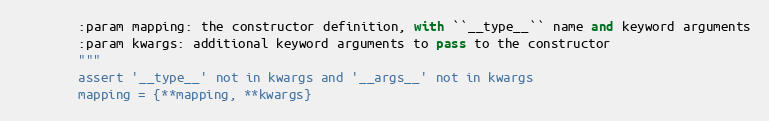
Language: Python
        :param mapping: the constructor definition, with ``__type__`` name and keyword arguments
        :param kwargs: additional keyword arguments to pass to the constructor
        """
        assert '__type__' not in kwargs and '__args__' not in kwargs
        mapping = {**mapping, **kwargs}